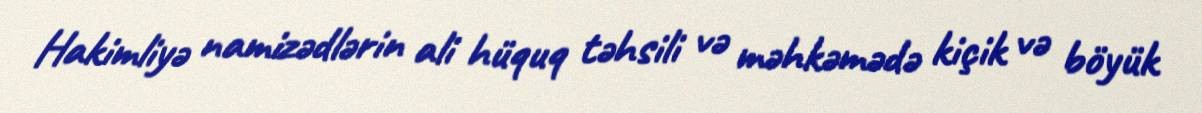
Hakimliyə namizədlərin ali hüquq təhsili və məhkəmədə kiçik və böyük